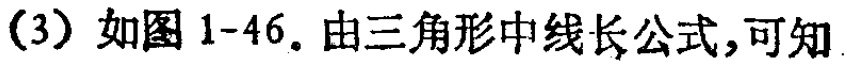
（3）如图 1-46. 由三角形中线长公式,可知